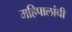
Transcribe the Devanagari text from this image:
महिपालांची